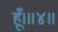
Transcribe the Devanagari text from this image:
हूँ।॥४॥